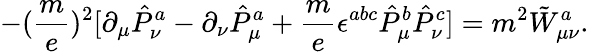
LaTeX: -(\frac{m}{e})^{2}[\partial_{\mu}\hat{P}_{\nu}^{a}-\partial_{\nu}\hat{P}_{\mu}^{a}+\frac{m}{e}\epsilon^{abc}\hat{P}_{\mu}^{b}\hat{P}_{\nu}^{c}]=m^{2}\tilde{W}_{\mu\nu}^{a}.